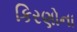
કિરણોના